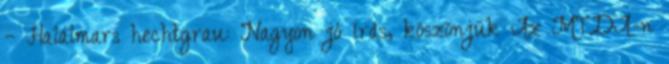
– Halálmars hechtgrau: Nagyon jó írás, köszönjük Az MTDA-n